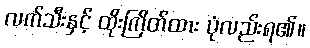
လက်သီးနှင့် ထိုးကြိတ်ထား ပုံလည်းရ၏။